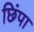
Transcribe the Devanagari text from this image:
छिंपा